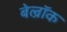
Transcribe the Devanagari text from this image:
बेल्रॉक